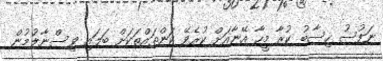
ނަފުސު ހިސާބު ކުރާ މީހާ އޭނާއަށް ކުރެވޭ ކަންތައްތަކަށް ބަލައި ވިސްނާލުމުން